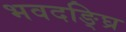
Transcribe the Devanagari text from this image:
भवदङ्घ्रि